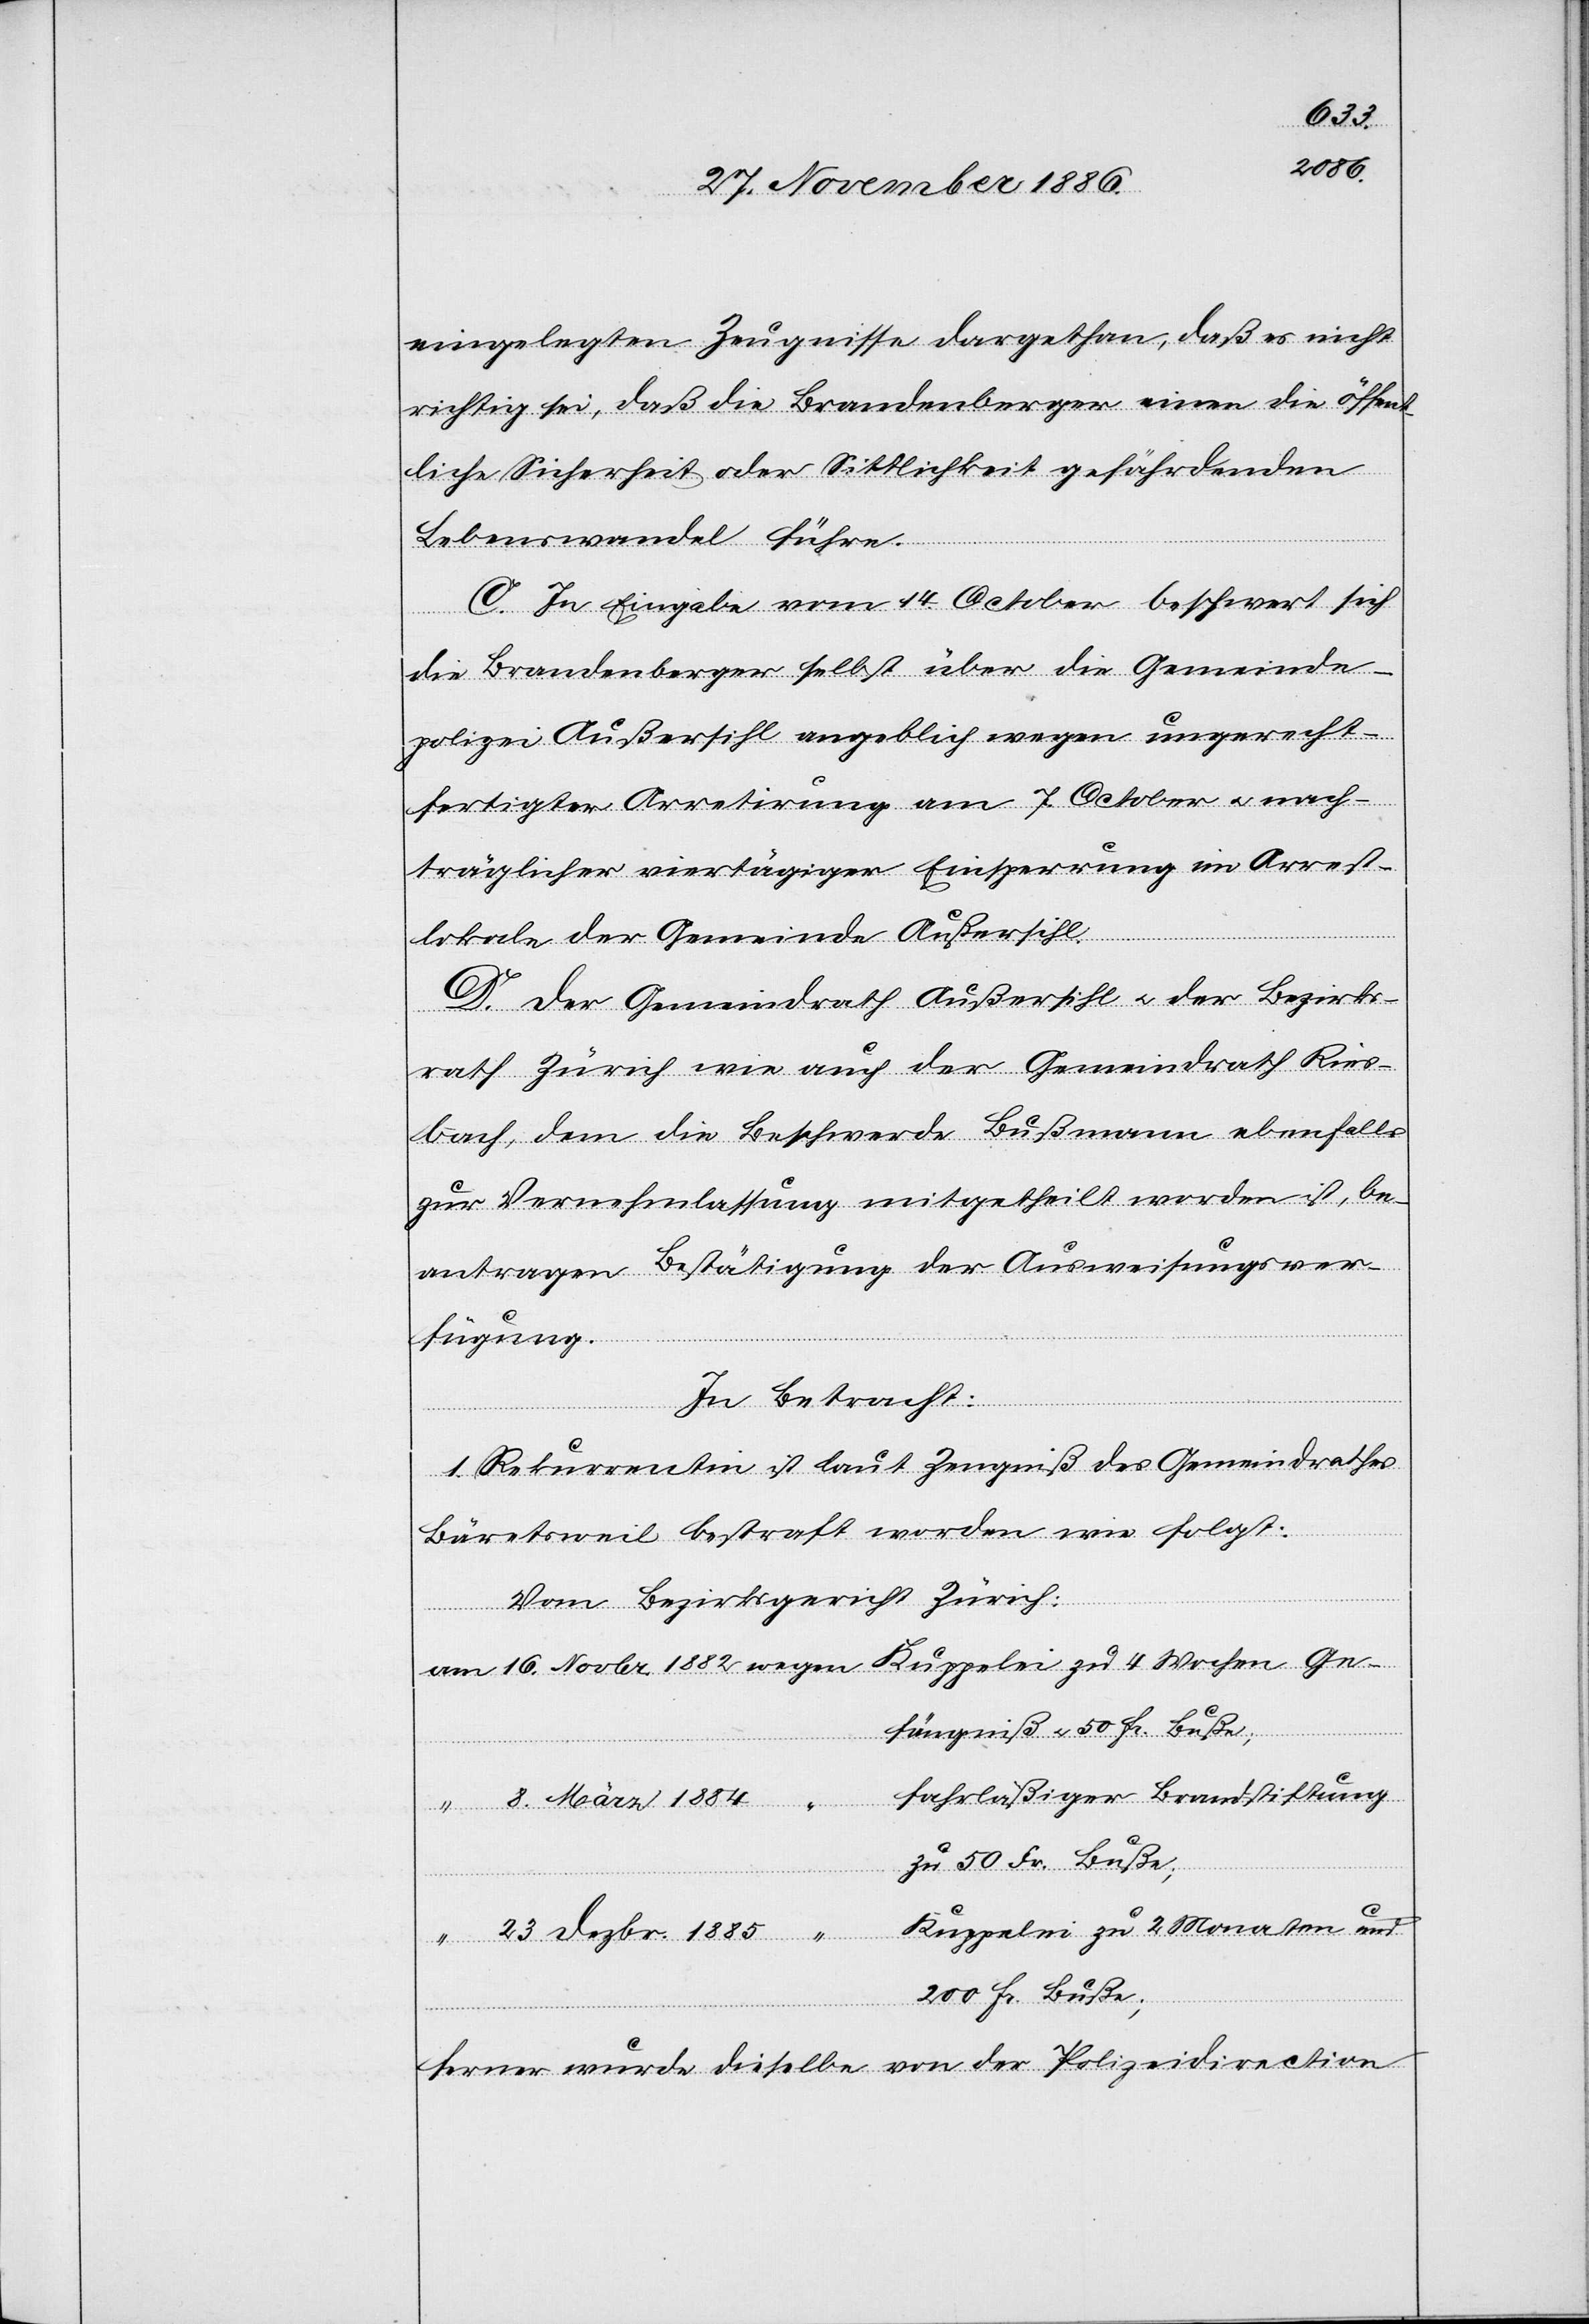
1884
eingelegten Zeugnisse dargethan, daß es nicht
richtig sei, daß die Brandenberger einen die öffent¬
liche Sicherheit oder Sittlichkeit gefährdenden
Lebenswandel führe.
C. In Eingabe vom 14. October beschwert sich
die Brandenberger selbst über die Gemeinde¬
polizei Außersihl angeblich wegen ungerecht¬
fertigter Arretirung am 7. October & nach¬
träglicher viertägiger Einsperrung im Arrest¬
lokale der Gemeinde Außersihl.
D. Der Gemeindrath Außersihl & der Bezirks¬
rath Zürich wie auch der Gemeindrath Ries¬
bach, dem die Beschwerde Bußmann ebenfalls
zur Vernehmlassung mitgetheilt worden ist, be¬
antragen Bestätigung der Ausweisungsver¬
fügung.
In Betracht:
1. Rekurrentin ist laut Zeugniß des Gemeindrathes
Bäretsweil bestraft worden wie folgt:
Zürich:
Vom Bezirksgericht
Kuppelei zu 4 Wochen Ge¬
am 16. Novbr. 1882 wegen
fängniß & 50 Fr. Buße;
fahrläßiger Brandstiftung
zu 50 Fr. Buße;
Kuppelei zu 2 Monaten und
“ 23. Dezbr. 1885 “
200 Fr. Buße;
ferner wurde dieselbe von der Polizeidirection